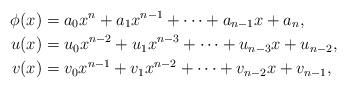
LaTeX: \begin{align*}\phi(x)&=a_0x^n+a_1x^{n-1}+\cdots+a_{n-1}x+a_n,\\u(x)&=u_0x^{n-2}+u_1x^{n-3}+\cdots+u_{n-3}x+u_{n-2},\\v(x)&=v_0x^{n-1}+v_1x^{n-2}+\cdots+v_{n-2}x+v_{n-1},\\\end{align*}